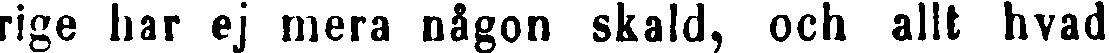
rige har ej mera någon skald, och allt hvad